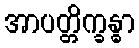
အာပတ္တိက္ခန္ဓာ